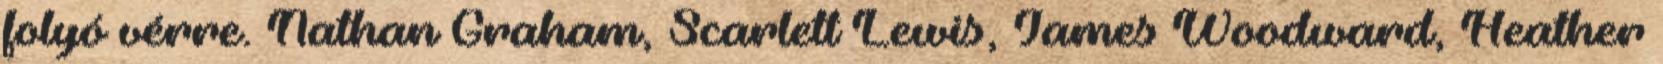
folyó vérre. Nathan Graham, Scarlett Lewis, James Woodward, Heather